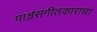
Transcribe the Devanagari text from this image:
पार्श्वसंगीतकाराचा